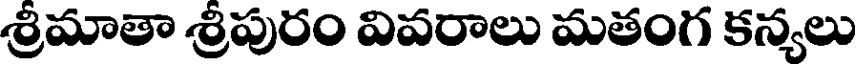
శ్రీమాతా శ్రీపురం వివరాలు మతంగ కన్యలు